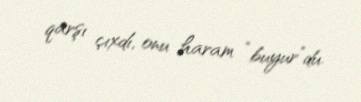
qarşı çıxdı, onu haram “buyur”du.